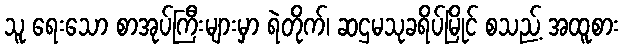
သူ ရေးသော စာအုပ်ကြီးများမှာ ရဲတိုက်၊ ဆဌမသုခရိပ်မြိုင် စသည့် အထူစား